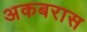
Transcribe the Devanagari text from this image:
अकबरास